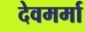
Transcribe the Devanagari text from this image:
देवमर्मा